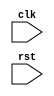
module timing_control_and_sync_UART_bus_controller (
    input wire clk,
    input wire rst,
    // Add additional input and output ports as needed
    
    // Timing control block
    // Add code for generating clock signals, baud rate control, start/stop bit timing, and data sampling
    
    // Synchronization block
    // Add code for handling synchronization of incoming and outgoing data streams
    
    // UART bus controller
    // Add code for coordinating timing control and synchronization blocks for data transmission and reception
    
    // Add any additional logic or state machines as needed
    
    // Add additional input and output ports as needed
);

// Add Verilog code for the timing control and synchronization blocks
// Add Verilog code for the UART bus controller

endmodule